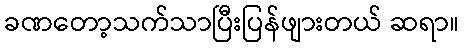
ခဏတော့သက်သာပြီးပြန်ဖျားတယ် ဆရာ။